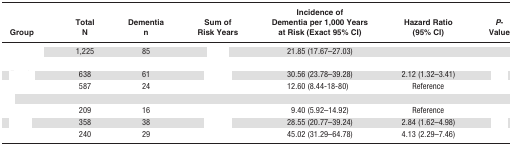
<table><thead><tr><td><b>Group</b></td><td><b>Total N</b></td><td><b>Dementia n</b></td><td><b>Sum of Risk Years</b></td><td><b>Incidence of Dementia per 1,000 Years at Risk (Exact 95% CI)</b></td><td><b>Hazard Ratio (95% CI)</b></td><td><b><i>P</i>-Value</b></td></tr></thead><tbody><tr><td>[EMPTY_CELL]</td><td>1,225</td><td>85</td><td>[EMPTY_CELL]</td><td>21.85 (17.67–27.03)</td><td>[EMPTY_CELL]</td><td>[EMPTY_CELL]</td></tr><tr><td colspan="7">[EMPTY_CELL]</td></tr><tr><td>[EMPTY_CELL]</td><td>638</td><td>61</td><td>[EMPTY_CELL]</td><td>30.56 (23.78–39.28)</td><td>2.12 (1.32–3.41)</td><td>[EMPTY_CELL]</td></tr><tr><td>[EMPTY_CELL]</td><td>587</td><td>24</td><td>[EMPTY_CELL]</td><td>12.60 (8.44-18-80)</td><td>Reference</td><td>[EMPTY_CELL]</td></tr><tr><td colspan="7">[EMPTY_CELL]</td></tr><tr><td>[EMPTY_CELL]</td><td>209</td><td>16</td><td>[EMPTY_CELL]</td><td>9.40 (5.92–14.92)</td><td>Reference</td><td>[EMPTY_CELL]</td></tr><tr><td>[EMPTY_CELL]</td><td>358</td><td>38</td><td>[EMPTY_CELL]</td><td>28.55 (20.77–39.24)</td><td>2.84 (1.62–4.98)</td><td>[EMPTY_CELL]</td></tr><tr><td>[EMPTY_CELL]</td><td>240</td><td>29</td><td>[EMPTY_CELL]</td><td>45.02 (31.29–64.78)</td><td>4.13 (2.29–7.46)</td><td>[EMPTY_CELL]</td></tr></tbody></table>